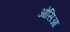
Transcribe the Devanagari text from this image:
ओसिआ